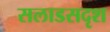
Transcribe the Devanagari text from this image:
सलाडसदृश